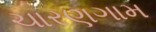
ચારણગામ